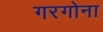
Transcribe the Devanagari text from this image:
गरगोना